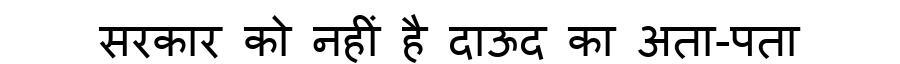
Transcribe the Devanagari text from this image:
सरकार को नहीं है दाऊद का अता-पता